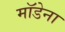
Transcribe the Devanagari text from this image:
मॉडेना